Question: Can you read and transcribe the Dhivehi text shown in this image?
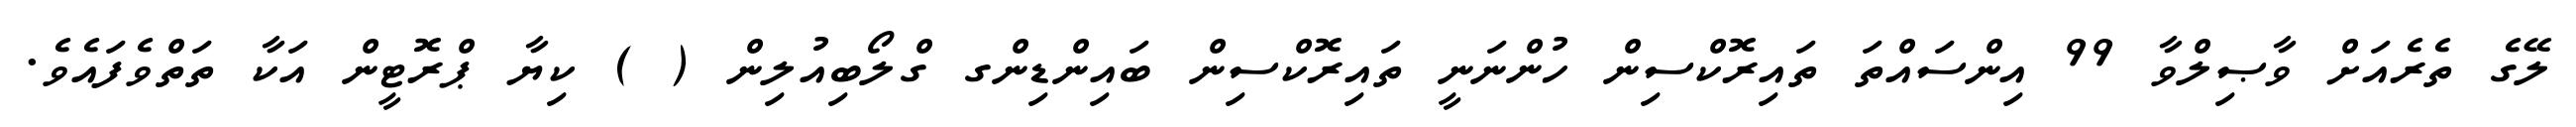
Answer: ލޭގެ ތެރެއަށް ވާޞިލްވާ 99 އިންސައްތަ ތައިރޮކްސިން ހުންނަނީ ތައިރޮކްސިން ބައިންޑިންގ ގްލޯބިއުލިން ( ) ކިޔާ ޕްރޮޓީން އަކާ ތަތްވެފައެވެ.